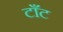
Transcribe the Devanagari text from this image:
टाँट